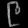
Digit: ၉